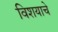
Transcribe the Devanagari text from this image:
विशयाचे